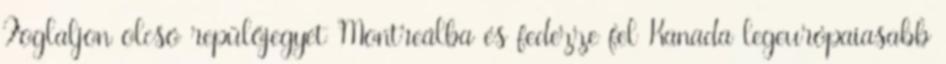
Foglaljon olcsó repülőjegyet Montreálba és fedezze fel Kanada legeurópaiasabb